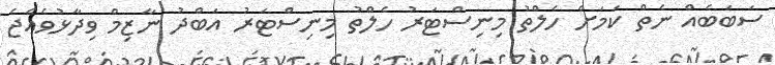
ސަބަބެއް ނެތް ކަމަށް ހެލްތު މިނިސްޓަރު ހެލްތު މިނިސްޓަރު އަބްދު ނާޒިމް ވިދާޅުވެއްޖެ